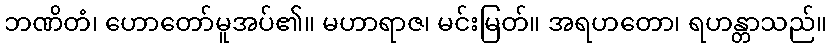
ဘဏိတံ၊ ဟောတော်မူအပ်၏။ မဟာရာဇ၊ မင်းမြတ်။ အရဟတော၊ ရဟန္တာသည်။